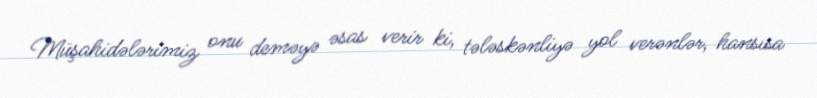
Müşahidələrimiz onu deməyə əsas verir ki, tələskənliyə yol verənlər, hansısa